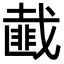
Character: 𢨆